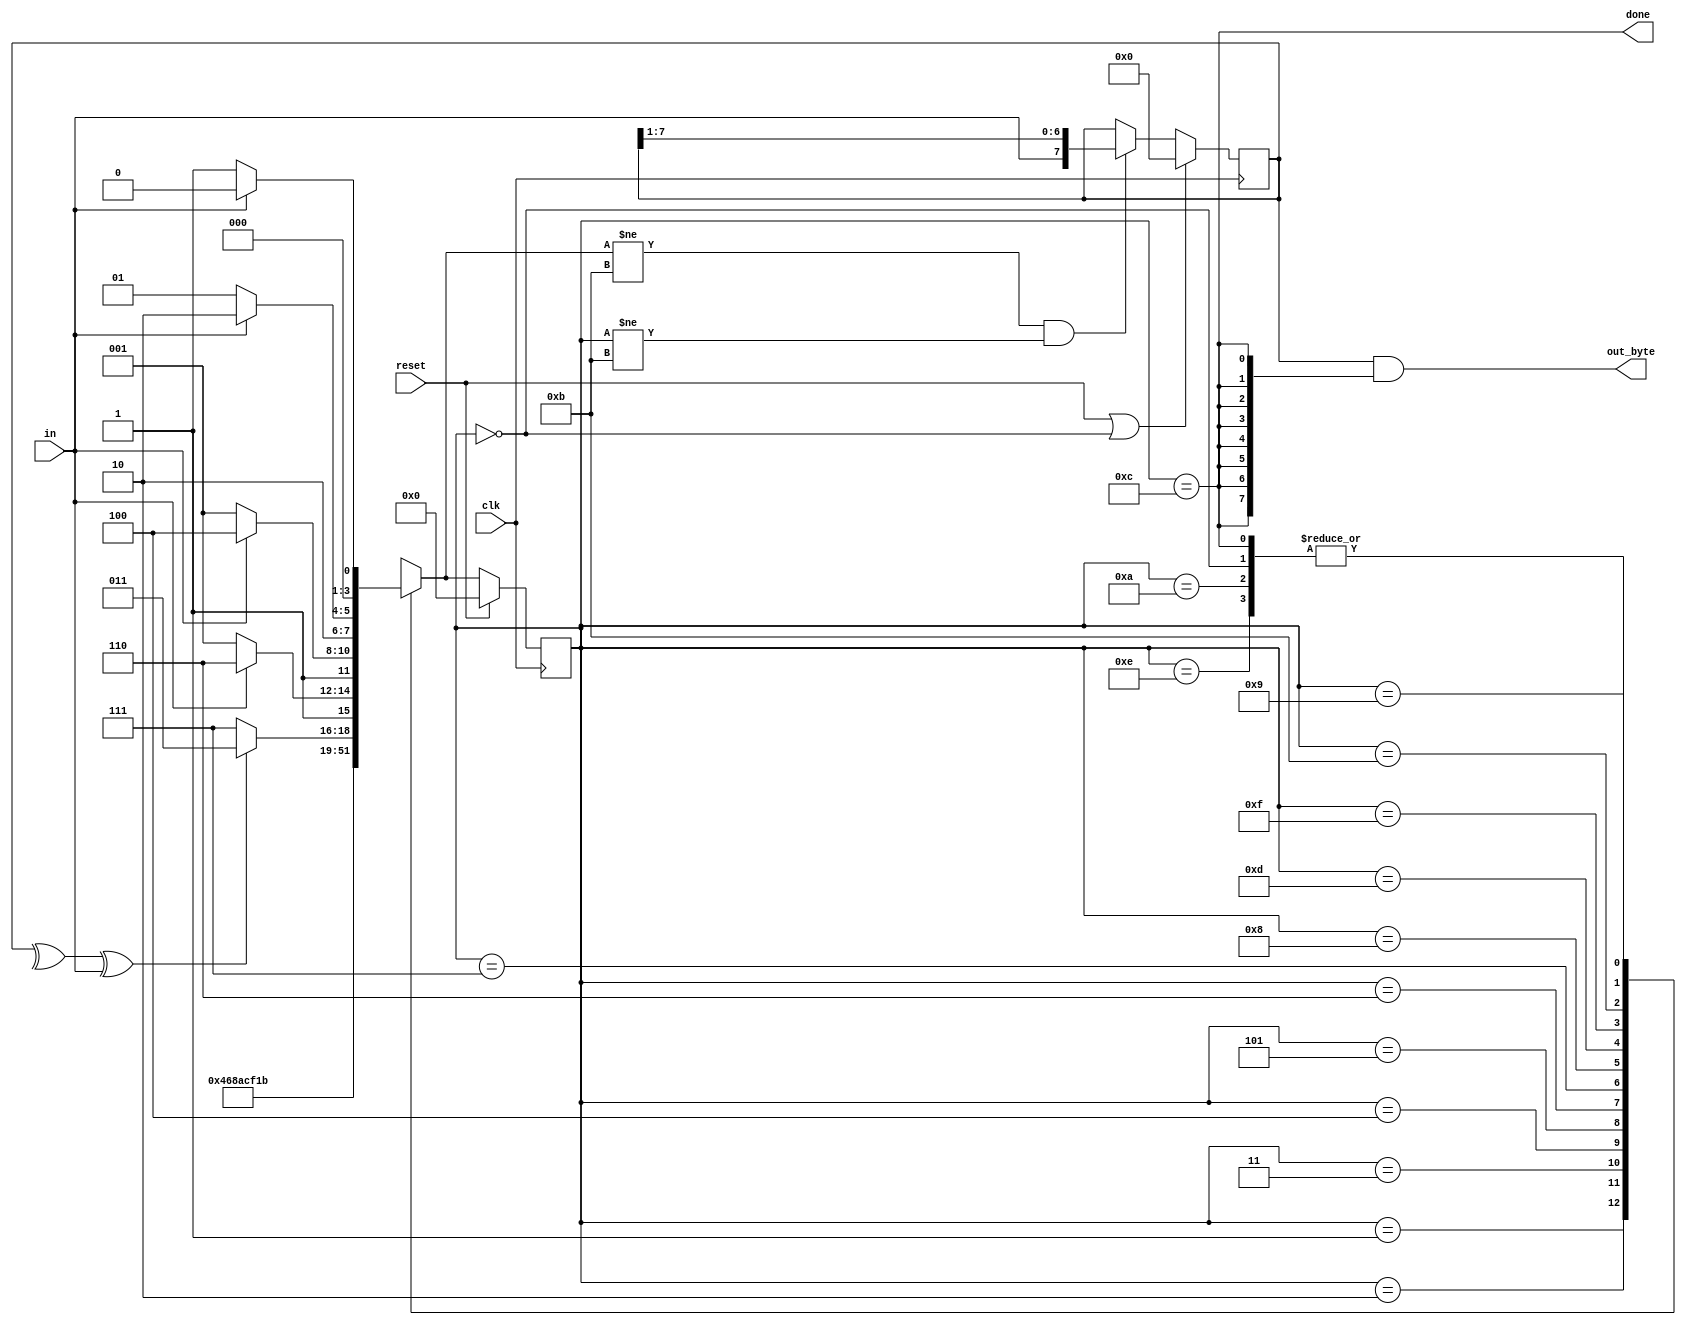
module top_module(
    input clk,
    input in,
    input reset,    
    output [7:0] out_byte,
    output done
); 
    reg [7:0] mayukh;
    reg [3:0] state,next_state; 

    parameter start = 4'h0;
    parameter data1 = 4'h1;
    parameter data2 = 4'h2;
    parameter data3= 4'h3;
    parameter data4= 4'h4;
    parameter data5= 4'h5;
    parameter data6= 4'h6;
    parameter data7= 4'h7;
    parameter data8 = 4'h8;
    parameter stopmiss = 4'd9;
    parameter faultydone = 4'hA;
    parameter stop = 4'hB;
    parameter yay = 4'hC;
    parameter parity =4'hD;
    parameter noyay = 4'hE;
    parameter parityfault =4'hF;
    
    
    always@(*)begin
        case(state)    
            
            start:     next_state=(in)?start:data1;
            data1:     next_state=data2;
            data2:     next_state=data3;
            data3:     next_state=data4;
            data4:     next_state=data5;
            data5:     next_state=data6;
            data6:     next_state=data7;
            data7:     next_state=data8;
            data8:     next_state=parity;

            parity:    next_state=((^mayukh)^in)?stop:parityfault;
            
            
            
            parityfault: next_state=(in)?noyay:stopmiss;
            stop:      next_state=(in)?yay:stopmiss;
            
            
            yay:         next_state=(in)?start:data1;
            noyay:       next_state=(in)?start:data1;
            

            stopmiss:  next_state=(in)?faultydone:stopmiss;
            faultydone:next_state=(in)?start:data1;
            
        endcase
    end
    
    always@(posedge clk)
        begin
            
            if(reset)
                
                state<=start;

            else
                state<=next_state;
        end
    
    assign  done= (state==yay);
    
    
    always@(posedge clk)begin
        if(reset || state==start)
            mayukh<=8'h0;
        else if(next_state!=stop &&state!=stop)
            mayukh<={in,mayukh[7:1]};
    end
    assign out_byte=mayukh &({8{done}});

endmodule